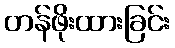
တန်ဖိုးထားခြင်း